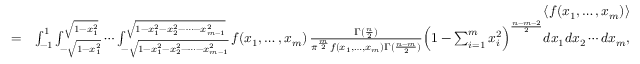
\begin{array} { r l r } & { } & { \langle f ( x _ { 1 } , \ldots , x _ { m } ) \rangle } \\ & { = } & { \int _ { - 1 } ^ { 1 } \int _ { - \sqrt { 1 - x _ { 1 } ^ { 2 } } } ^ { \sqrt { 1 - x _ { 1 } ^ { 2 } } } \cdots \int _ { - \sqrt { 1 - x _ { 1 } ^ { 2 } - x _ { 2 } ^ { 2 } - \cdots - x _ { m - 1 } ^ { 2 } } } ^ { \sqrt { 1 - x _ { 1 } ^ { 2 } - x _ { 2 } ^ { 2 } - \cdots - x _ { m - 1 } ^ { 2 } } } f ( x _ { 1 } , \ldots , x _ { m } ) \, \frac { \Gamma ( \frac { n } { 2 } ) } { \pi ^ { \frac { m } { 2 } } f ( x _ { 1 } , \ldots , x _ { m } ) \Gamma ( \frac { n - m } { 2 } ) } \Bigl ( 1 - \sum _ { i = 1 } ^ { m } x _ { i } ^ { 2 } \Bigr ) ^ { \frac { n - m - 2 } { 2 } } d x _ { 1 } d x _ { 2 } \cdots d x _ { m } , } \end{array}